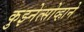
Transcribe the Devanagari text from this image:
कुझ्नेत्सोव्हाने